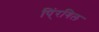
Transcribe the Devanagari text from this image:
पिं्रगिल